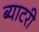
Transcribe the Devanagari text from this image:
ब्याटरी